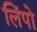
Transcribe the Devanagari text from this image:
लिंपो